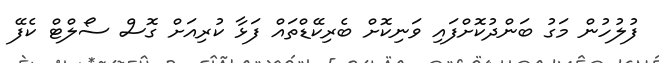
ފުލުހުން މަގު ބަންދުކޮށްފައި ވަނިކޮށް ބެރިކޭޑްތައް ފަޅާ ކުރިއަށް ގޮސް ސޯލްޓް ކެފޭ